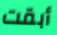
أبقت